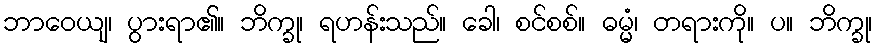
ဘာဝေယျ၊ ပွားရာ၏။ ဘိက္ခု၊ ရဟန်းသည်။ ခေါ၊ စင်စစ်။ ဓမ္မံ၊ တရားကို။ ပ။ ဘိက္ခု၊